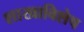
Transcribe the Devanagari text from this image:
शाखाविशेष